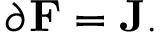
\partial \mathbf { F } = \mathbf { J } .